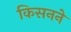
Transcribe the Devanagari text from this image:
किसनने